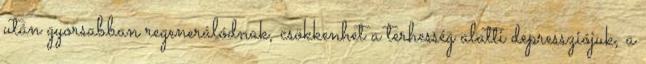
után gyorsabban regenerálódnak, csökkenhet a terhesség alatti depressziójuk, a